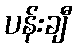
ပန်းချီ